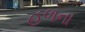
હળના